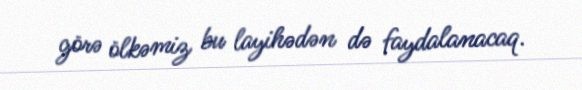
görə ölkəmiz bu layihədən də faydalanacaq.